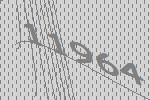
11964